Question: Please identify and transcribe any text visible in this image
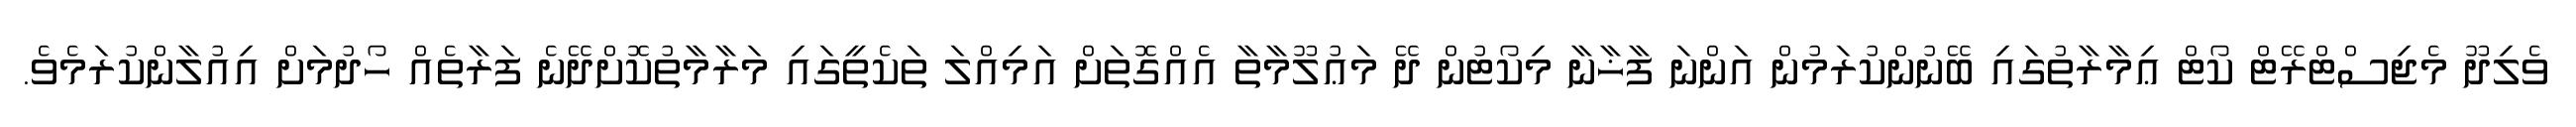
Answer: ވެލިދޫ މެޖިސްޓްރޭޓް ކޯޓް ޢިމާރާތުގައި ބޭނުންކުރަމުން އަންނަ ފާޚާނާ މިކޯޓުން ދޭ މަޢުލޫމާތާ އެއްގޮތަށް އަމިއްލަ ތަކެތީގައި މަރާމާތުކޮށްދޭނެ ފަރާތެއް ހޯދުމަށް އިއުލާންކުރަމެވެ.